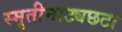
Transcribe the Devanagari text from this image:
स्मृतीनाट्यछटा